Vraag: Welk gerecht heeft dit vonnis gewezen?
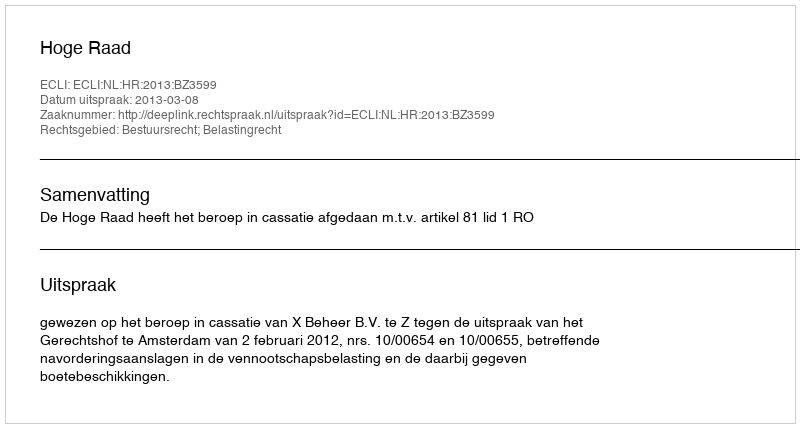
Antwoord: Hoge Raad